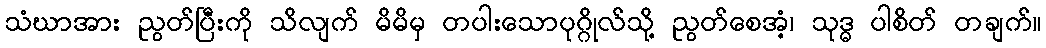
သံဃာအား ညွတ်ပြီးကို သိလျက် မိမိမှ တပါးသောပုဂ္ဂိုလ်သို့ ညွတ်စေအံ့၊ သုဒ္ဓ ပါစိတ် တချက်။